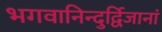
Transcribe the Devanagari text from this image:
भगवानिन्दुर्द्विजानां